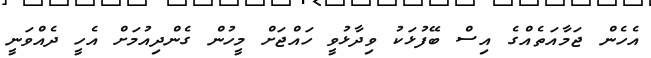
އެހެން ޖަމާއަތެއްގެ އިސް ބޭފުޅަކު ވިދާޅުވީ ހައްޖަށް މީހުން ގެންދިއުމަށް އެހީ ދެއްވަނީ